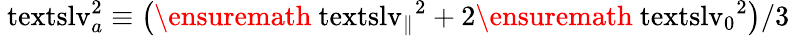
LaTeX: \mathrm{\ textsl{v}}_{a}^{2}\equiv\bigl(\ensuremath{\mathrm{\ textsl{v}}_{\parallel}}^{2}+2\ensuremath{\mathrm{\ textsl{v}}_{0}}^{2}\bigr)/3